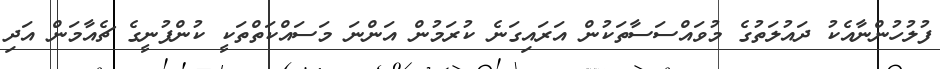
ފުލުހުންނާއެކު ދައުލަތުގެ މުވައްސަސާތަކުން އަރައިގަނެ ކުރަމުން އަންނަ މަސައްކަތްތަކީ ކުންފުނީގެ ޗެއާމަން އަދި